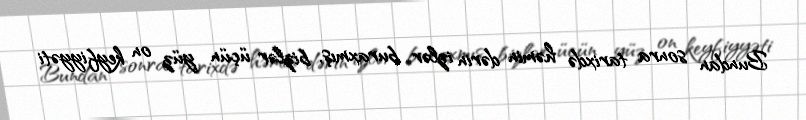
Bundan sonra tarixdə həmin dərin izlər buraxmış, bizlər üçün yüz on keyfiyyəti